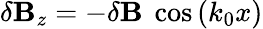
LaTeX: \delta\mathbf{B}_{z}=-\delta\mathbf{B}\ \cos{(k_{0}x)}